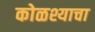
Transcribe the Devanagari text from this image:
कोळश्याचा